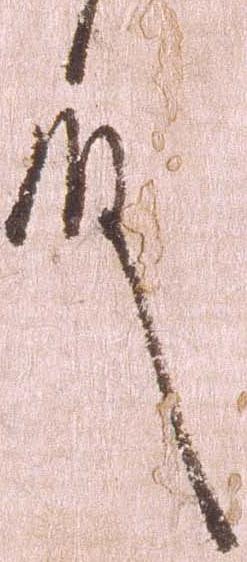
殿